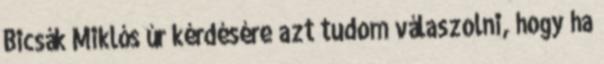
Bicsák Miklós úr kérdésére azt tudom válaszolni, hogy ha